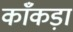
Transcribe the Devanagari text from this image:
काँकड़ा